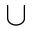
\cup